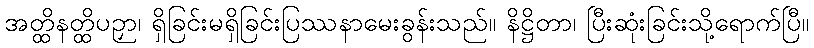
အတ္ထိနတ္ထိပဉှာ၊ ရှိခြင်းမရှိခြင်းပြဿနာမေးခွန်းသည်။ နိဋ္ဌိတာ၊ ပြီးဆုံးခြင်းသို့ရောက်ပြီ။